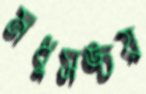
মধুসঙ্চয়